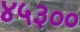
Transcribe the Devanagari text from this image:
४५३००